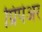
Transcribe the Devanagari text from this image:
प्रिपेअर